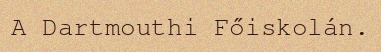
A Dartmouthi Főiskolán.